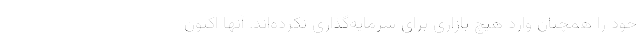
خود را همچنان وارد هیچ بازاری برای سرمایه‌گذاری نکرده‌اند. آنها اکنون